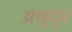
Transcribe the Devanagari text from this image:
अश्रूधूर